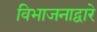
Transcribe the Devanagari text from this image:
विभाजनाद्वारे